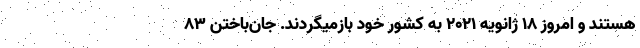
هستند و امروز ۱۸ ژانویه ۲۰۲۱ به کشور خود بازمیگردند. جان‌باختن ۸۳